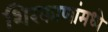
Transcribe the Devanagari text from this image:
शिरकाणांमध्ये